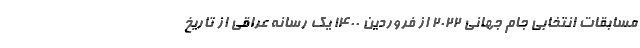
مسابقات انتخابی جام جهانی 2022 از فروردین 1400 یک رسانه عراقی از تاریخ